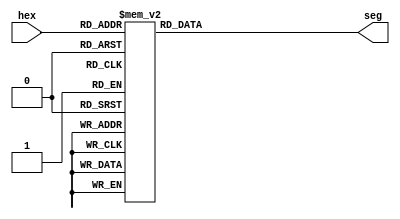
// +FHDR--------------------------------------------------------------------------------------------
// Copyright (c) 2016 Xxx.
// -------------------------------------------------------------------------------------------------
// -------------------------------------------------------------------------------------------------
// Svn Info:
//   $Revision::                                                                                $:
//   $Author::                                                                                  $:
//   $Date::                                                                                    $:
//   $HeadURL::                                                                                 $:
// -------------------------------------------------------------------------------------------------
// Description:
//
//
// -FHDR--------------------------------------------------------------------------------------------

module hex_to_seg(
    input [3:0] hex,
    output reg [6:0] seg
);

always @(*) begin
    case(hex)
        4'h0: begin
            seg = 7'b0000001;
        end
        4'h1: begin
            seg = 7'b1001111;
        end
        4'h2: begin
            seg = 7'b0010010;
        end
        4'h3: begin
            seg = 7'b0000110;
        end
        4'h4: begin
            seg = 7'b1001100;
        end
        4'h5: begin
            seg = 7'b0100100;
        end
        4'h6: begin
            seg = 7'b0100000;
        end
        4'h7: begin
            seg = 7'b0001111;
        end
        4'h8: begin
            seg = 7'b0000000;
        end
        4'h9: begin
            seg = 7'b0000100;
        end
        4'ha: begin
            seg = 7'b0001000;
        end
        4'hb: begin
            seg = 7'b1100000;
        end
        4'hc: begin
            seg = 7'b0110001;
        end
        4'hd: begin
            seg = 7'b1000010;
        end
        4'he: begin
            seg = 7'b0110000;
        end
        4'hf: begin
            seg = 7'b0111000;
        end
    endcase
end

endmodule